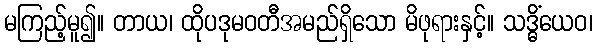
မကြည့်မူ၍။ တာယ၊ ထိုပဒုမဝတီအမည်ရှိသော မိဖုရားနှင့်။ သဒ္ဓိံယေဝ၊